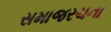
સમાજરચના